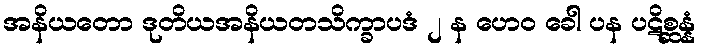
အနိယတော ဒုတိယအနိယတသိက္ခာပဒံ ၂ န ဟေဝ ခေါ ပန ပဋိစ္ဆန္နံ